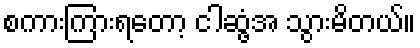
စကားကြားရတော့ ငါဆွံ့အ သွားမိတယ်။